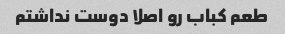
طعم کباب رو اصلا دوست نداشتم